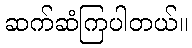
ဆက်ဆံကြပါတယ်။